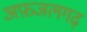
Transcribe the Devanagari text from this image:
अफ़जलगढ़